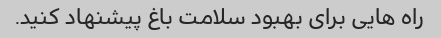
راه هایی برای بهبود سلامت باغ پیشنهاد کنید.